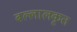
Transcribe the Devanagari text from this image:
बल्लालकृत